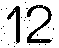
12